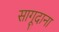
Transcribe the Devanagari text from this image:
सागूदाना